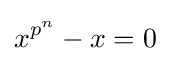
x^{p^{n}}-x=0